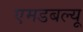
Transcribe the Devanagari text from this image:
एमडबल्यू